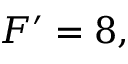
F ^ { \prime } = 8 ,